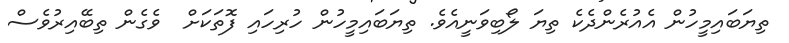
ތިޔަބައިމީހުން އެއުރެންދެކެ ތިޔަ ލޯބިވަނީއެވެ. ތިޔަބައިމީހުން ހުރިހައި ފޮތަކަށް  ވެގެން ތިބޭއިރުވެސް